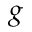
g